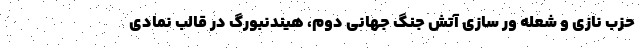
حزب نازی و شعله ور سازی آتش جنگ جهانی دوم، هیندنبورگ در قالب نمادی